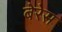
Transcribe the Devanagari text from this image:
बेरेस